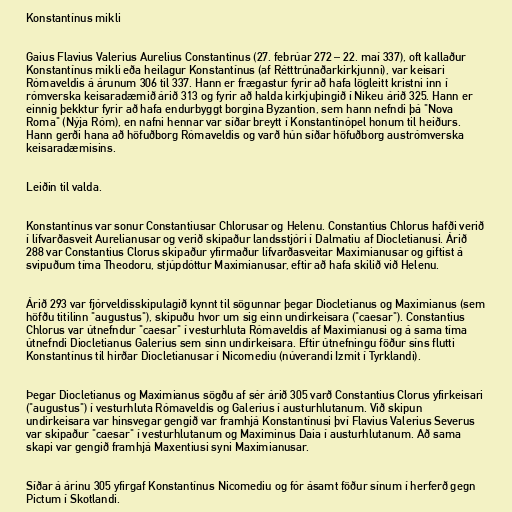
Konstantínus mikli

Gaius Flavius Valerius Aurelius Constantinus (27. febrúar 272 – 22. maí 337), oft kallaður
Konstantínus mikli eða heilagur Konstantínus (af Rétttrúnaðarkirkjunni), var keisari
Rómaveldis á árunum 306 til 337. Hann er frægastur fyrir að hafa lögleitt kristni inn í
rómverska keisaradæmið árið 313 og fyrir að halda kirkjuþingið í Nikeu árið 325. Hann er
einnig þekktur fyrir að hafa endurbyggt borgina Byzantion, sem hann nefndi þá "Nova
Roma" (Nýja Róm), en nafni hennar var síðar breytt í Konstantínópel honum til heiðurs.
Hann gerði hana að höfuðborg Rómaveldis og varð hún síðar höfuðborg austrómverska
keisaradæmisins.

Leiðin til valda.

Konstantínus var sonur Constantiusar Chlorusar og Helenu. Constantius Chlorus hafði verið
í lífvarðasveit Aurelianusar og verið skipaður landsstjóri í Dalmatiu af Diocletianusi. Árið
288 var Constantius Clorus skipaður yfirmaður lífvarðasveitar Maximianusar og giftist á
svipuðum tíma Theodoru, stjúpdóttur Maximianusar, eftir að hafa skilið við Helenu.

Árið 293 var fjórveldisskipulagið kynnt til sögunnar þegar Diocletianus og Maximianus (sem
höfðu titilinn "augustus"), skipuðu hvor um sig einn undirkeisara ("caesar"). Constantius
Chlorus var útnefndur "caesar" í vesturhluta Rómaveldis af Maximianusi og á sama tíma
útnefndi Diocletianus Galerius sem sinn undirkeisara. Eftir útnefningu föður síns flutti
Konstantínus til hirðar Diocletianusar í Nicomediu (núverandi Izmit í Tyrklandi).

Þegar Diocletianus og Maximianus sögðu af sér árið 305 varð Constantius Clorus yfirkeisari
("augustus") í vesturhluta Rómaveldis og Galerius í austurhlutanum. Við skipun
undirkeisara var hinsvegar gengið var framhjá Konstantínusi því Flavius Valerius Severus
var skipaður "caesar" í vesturhlutanum og Maximinus Daia í austurhlutanum. Að sama
skapi var gengið framhjá Maxentiusi syni Maximianusar.

Síðar á árinu 305 yfirgaf Konstantínus Nicomediu og fór ásamt föður sínum í herferð gegn
Pictum í Skotlandi.